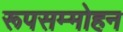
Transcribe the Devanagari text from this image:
रूपसम्मोहन